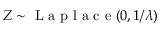
Z \sim { \textrm { L a p l a c e } } ( 0 , 1 / \lambda )